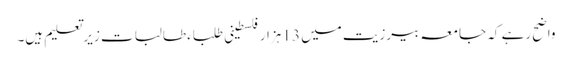
واضح رہے کہ جامعہ بیرزیت میں 13 ہزار فلسطینی طلباء طالبات زیرتعلیم ہیں۔